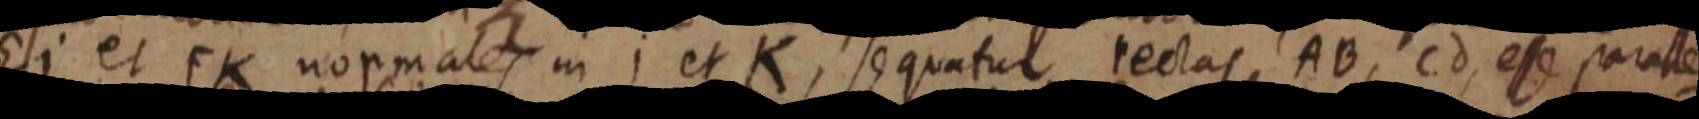
Ei et FK normales in i et K, sequatur rectas AB, Cd, esse paralle